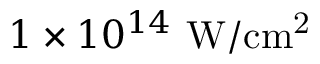
1 \times 1 0 ^ { 1 4 } \ \mathrm { { W / c m ^ { 2 } } }